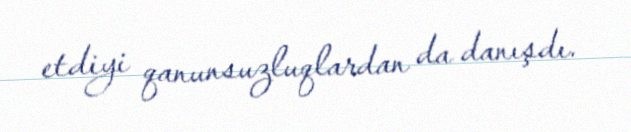
etdiyi qanunsuzluqlardan da danışdı.